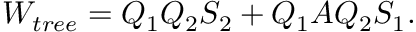
W _ { t r e e } = Q _ { 1 } Q _ { 2 } S _ { 2 } + Q _ { 1 } A Q _ { 2 } S _ { 1 } .